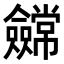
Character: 𭀕